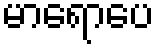
မာရောပေ